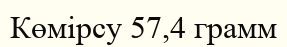
Көмірсу 57,4 грамм